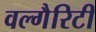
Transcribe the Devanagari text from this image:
वल्गैरिटी